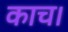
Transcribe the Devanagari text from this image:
काच।